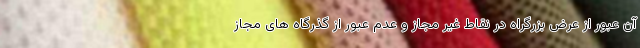
آن عبور از عرض بزرگراه در نقاط غیر مجاز و عدم عبور از گذرگاه های مجاز